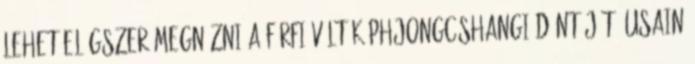
lehet elégszer megnézni a férfi váltók phjongcshangi döntőjét. Usain